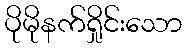
ပိုမိုနက်ရှိုင်းသော